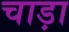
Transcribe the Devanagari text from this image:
चाड़ा